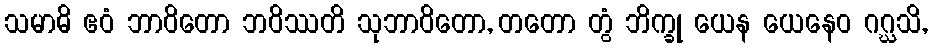
သမာဓိ ဧဝံ ဘာဝိတော ဘဝိဿတိ သုဘာဝိတော, တတော တွံ ဘိက္ခု ယေန ယေနေဝ ဂဂ္ဃသိ,